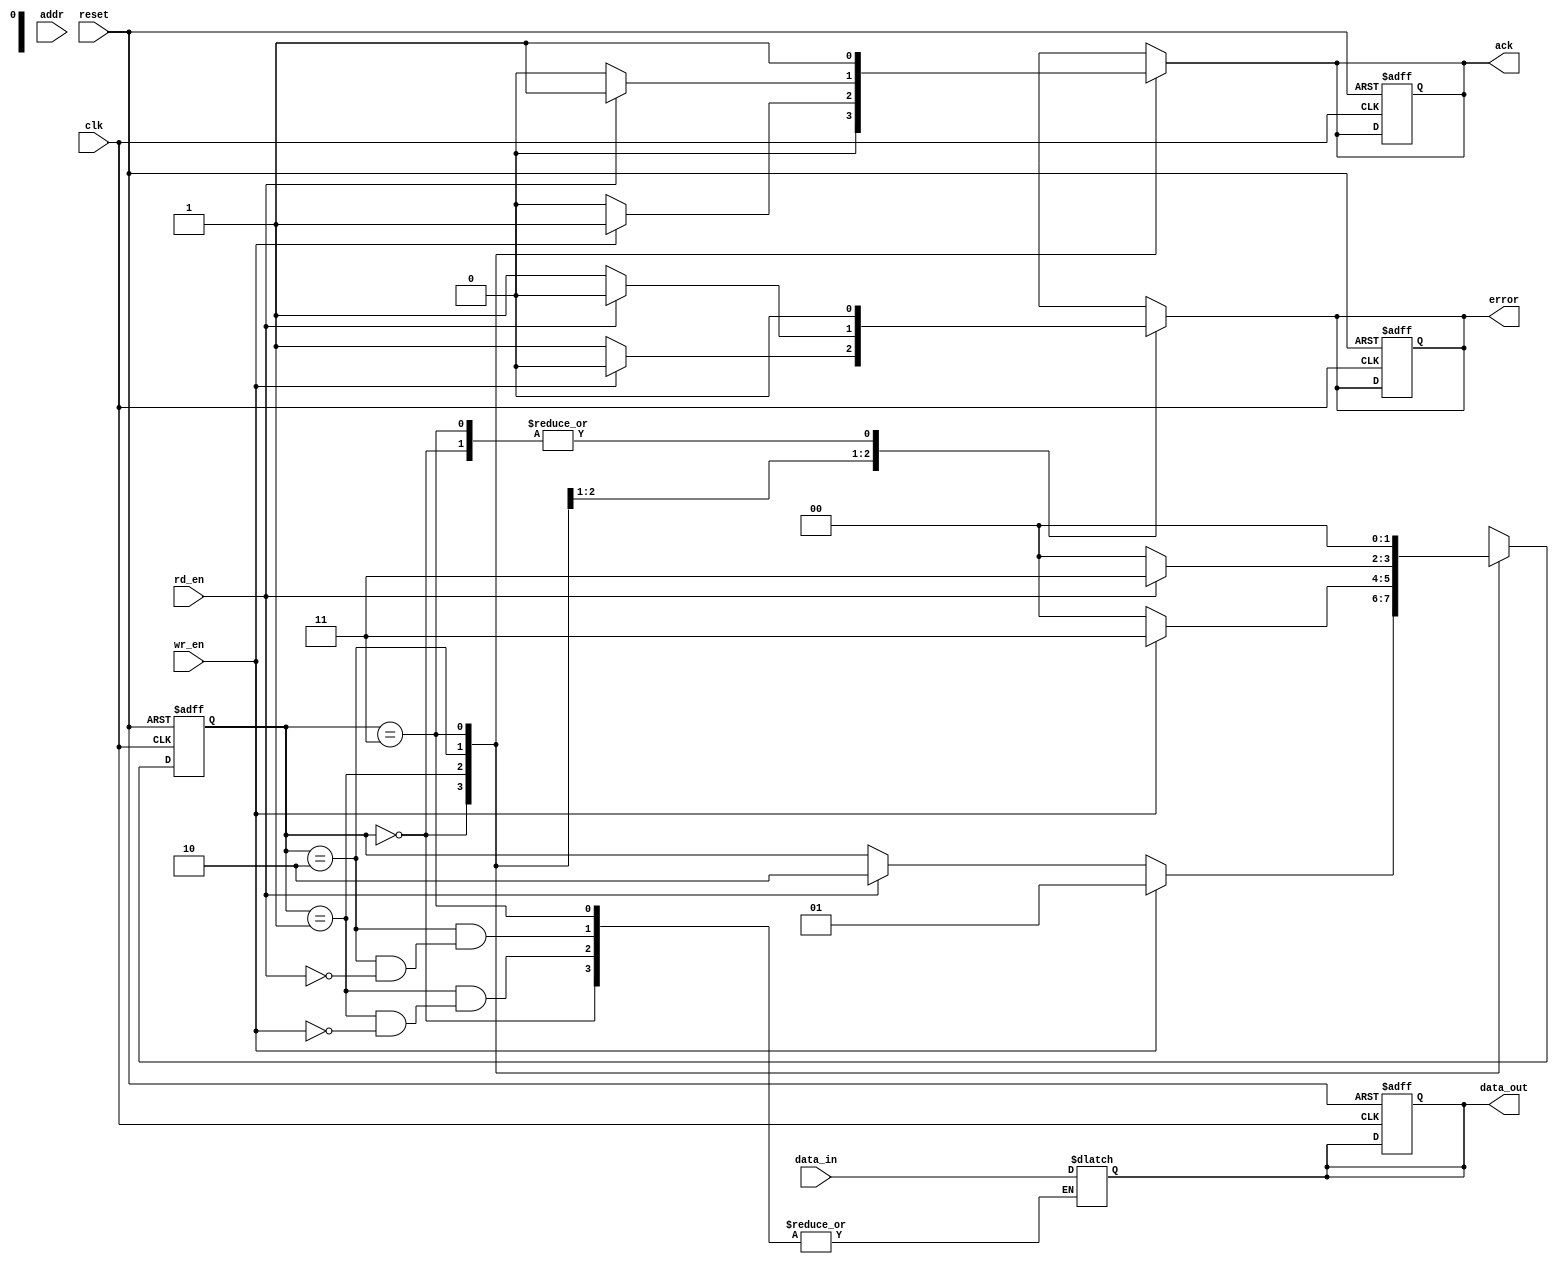
module ParameterizedBusInterface #(
    parameter DATA_WIDTH = 32,      // Width of the data bus
    parameter ADDR_WIDTH = 8         // Width of the address bus
)(
    input  wire                   clk,       // System clock
    input  wire                   reset,     // Asynchronous reset
    input  wire [DATA_WIDTH-1:0] data_in,   // Input data
    output reg [DATA_WIDTH-1:0] data_out,   // Output data
    input  wire [ADDR_WIDTH-1:0] addr,       // Address
    input  wire                   wr_en,     // Write enable
    input  wire                   rd_en,     // Read enable
    output reg                   ack,        // Acknowledge signal
    output reg                   error       // Error signal
);
    // State definition
    localparam IDLE      = 2'b00,
               WRITE     = 2'b01,
               READ      = 2'b10,
               ACK       = 2'b11;

    reg [1:0] current_state, next_state; // State registers

    // Sequential logic for state transition and output generation
    always @(posedge clk or posedge reset) begin
        if (reset) begin
            current_state <= IDLE;
            data_out <= 0;
            ack <= 0;
            error <= 0;
        end else begin
            current_state <= next_state;
        end
    end

    // Combinatorial logic for state transitions and outputs
    always @(*) begin
        // Default values
        next_state = current_state;
        ack = 0;
        error = 0;

        case (current_state)
            IDLE: begin
                if (wr_en) begin
                    next_state = WRITE;
                end else if (rd_en) begin
                    next_state = READ;
                end
            end

            WRITE: begin
                if (wr_en) begin
                    // Assume addr checks are performed externally
                    data_out = data_in; // Capture input data
                    ack = 1;            // Acknowledge write
                    next_state = ACK;
                end else begin
                    error = 1;         // Invalid operation
                    next_state = IDLE;
                end
            end

            READ: begin
                if (rd_en) begin
                    // Assume addr checks are performed externally
                    data_out = data_in; // May use bus connection here
                    ack = 1;            // Acknowledge read
                    next_state = ACK;
                end else begin
                    error = 1;         // Invalid operation
                    next_state = IDLE;
                end
            end

            ACK: begin
                ack = 1; // Continue to acknowledge for one clock cycle
                next_state = IDLE; // Return to idle after acknowledgment
            end

            default: begin
                next_state = IDLE; // Safety state
            end
        endcase
    end
endmodule